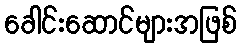
ခေါင်းဆောင်များအဖြစ်